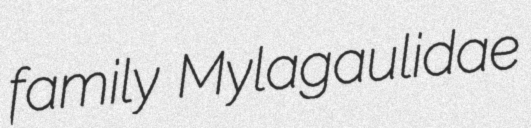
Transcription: family Mylagaulidae